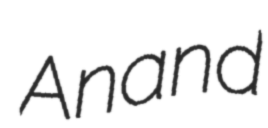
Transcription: Anand